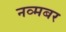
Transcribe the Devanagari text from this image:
नव्मबर